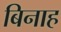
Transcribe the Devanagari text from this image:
बिनाह